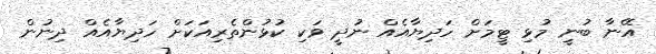
އޭނާ ބުނީ މުޅި ޓީމަށް ހަދިޔާއެއް ނުދީ ވަކި ކުޅުންތެރިއަކަށް ހަދިޔާއެއް ދިނުން